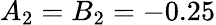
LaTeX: A_{2}=B_{2}=-0.25